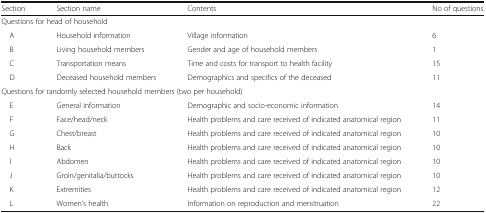
| Section | Section name | Contents | No of questions |
 | --- | --- | --- | --- |
 | <COLSPAN=4> Questions for head of household |
 | A | Household information | Village information | 6 |
 | B | Living household members | Gender and age of household members | 1 |
 | C | Transportation means | Time and costs for transport to health facility | 15 |
 | D | Deceased household members | Demographics and specifics of the deceased | 11 |
 | <COLSPAN=4> Questions for randomly selected household members (two per household) |
 | E | General information | Demographic and socio-economic information | 14 |
 | F | Face/head/neck | Health problems and care received of indicated anatomical region | 11 |
 | G | Chest/breast | Health problems and care received of indicated anatomical region | 10 |
 | H | Back | Health problems and care received of indicated anatomical region | 10 |
 | I | Abdomen | Health problems and care received of indicated anatomical region | 10 |
 | J | Groin/genitalia/buttocks | Health problems and care received of indicated anatomical region | 10 |
 | K | Extremities | Health problems and care received of indicated anatomical region | 12 |
 | L | Women’s health | Information on reproduction and menstruation | 22 |